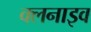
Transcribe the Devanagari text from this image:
क्लनाइव